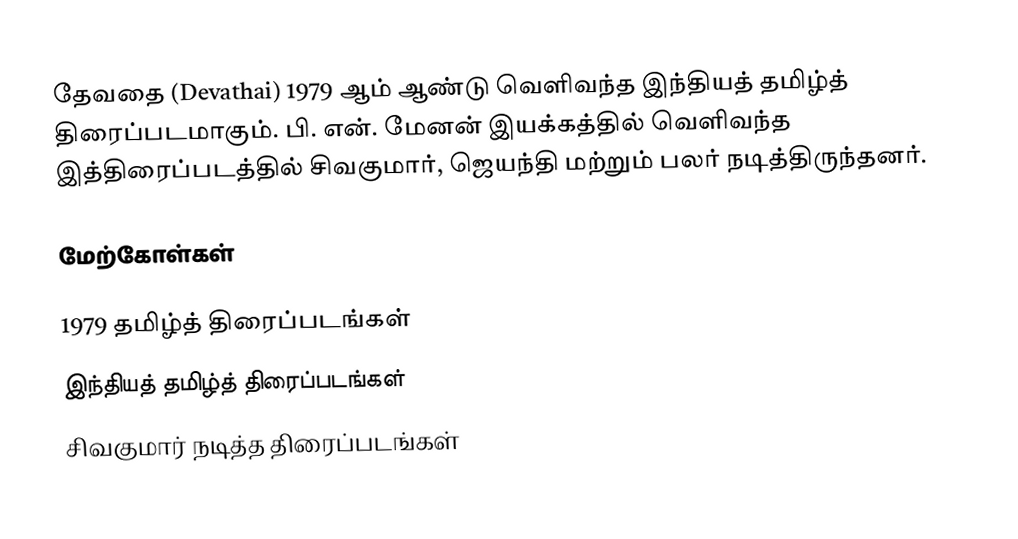
தேவதை (Devathai) 1979 ஆம் ஆண்டு வெளிவந்த இந்தியத் தமிழ்த் திரைப்படமாகும். பி. என். மேனன் இயக்கத்தில் வெளிவந்த இத்திரைப்படத்தில் சிவகுமார், ஜெயந்தி மற்றும் பலர் நடித்திருந்தனர்.

மேற்கோள்கள்

1979 தமிழ்த் திரைப்படங்கள்
இந்தியத் தமிழ்த் திரைப்படங்கள்
சிவகுமார் நடித்த திரைப்படங்கள்